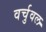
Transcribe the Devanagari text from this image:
वर्चुवल